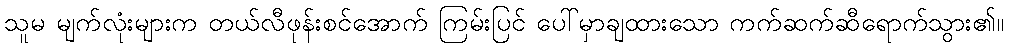
သူမ မျက်လုံးများက တယ်လီဖုန်းစင်အောက် ကြမ်းပြင် ပေါ်မှာချထားသော ကက်ဆက်ဆီရောက်သွား၏။